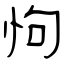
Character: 怐